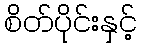
စိတ်ပိုင်းနှင့်